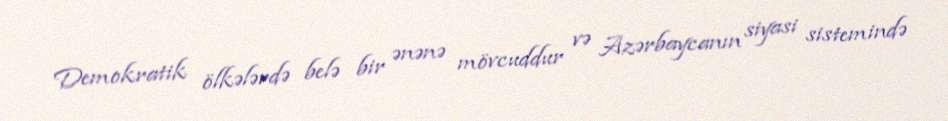
Demokratik ölkələrdə belə bir ənənə mövcuddur və Azərbaycanın siyasi sistemində